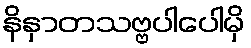
နိနှာတသဗ္ဗပါပေါမှိ